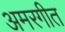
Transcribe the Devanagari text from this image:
अमरगीत